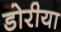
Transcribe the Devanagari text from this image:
डोरीया